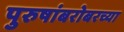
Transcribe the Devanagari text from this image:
पुरुषांबरोबरच्या